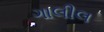
ગાલીલ